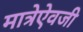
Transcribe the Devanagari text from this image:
मात्रेऐवजी